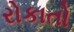
રોકાતો